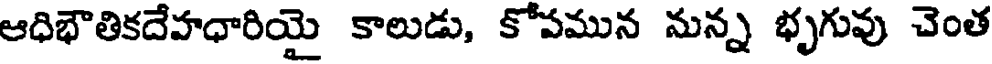
ఆధిభౌతికదేహధారియై కాలుడు, కోపమున నున్న భృగువు చెంత